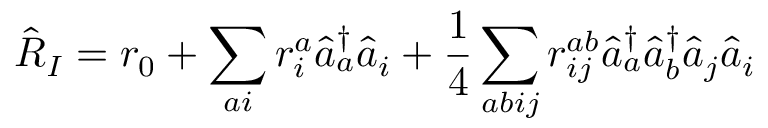
\hat { R } _ { I } = { r } _ { 0 } + \sum _ { a i } { r } _ { i } ^ { a } \hat { a } _ { a } ^ { \dagger } \hat { a } _ { i } + \frac { 1 } { 4 } \sum _ { a b i j } { r } _ { i j } ^ { a b } \hat { a } _ { a } ^ { \dagger } \hat { a } _ { b } ^ { \dagger } \hat { a } _ { j } \hat { a } _ { i }